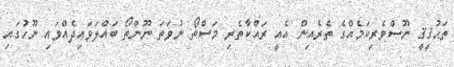
ތަޙުޤީޤީ ނޫސްވެރިކަމެއްގެ ތެރެއިން އެއީ ރައްކާތެރި މަސްތޯ ނުވަތަ ނޫންތޯ ބައްލަވައިދެއްވައި ނޫހުގައި